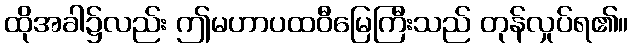
ထိုအခါ၌လည်း ဤမဟာပထဝီမြေကြီးသည် တုန်လှုပ်ရ၏။